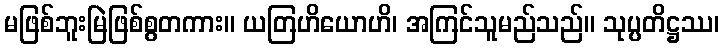
မဖြစ်ဘူးမြဲဖြစ်စွတကား။ ယတြဟိယောဟိ၊ အကြင်သူမည်သည်။ သုပ္ပတိဋ္ဌဿ၊